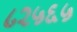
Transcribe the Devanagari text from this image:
८२५६५